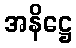
အနိဋ္ဌေ